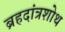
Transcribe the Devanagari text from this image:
ब्रहदांत्रशोथ